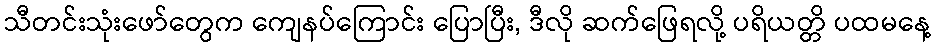
သီတင်းသုံးဖော်တွေက ကျေနပ်ကြောင်း ပြောပြီး, ဒီလို ဆက်ဖြေရလို့ ပရိယတ္တိ ပထမနေ့